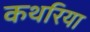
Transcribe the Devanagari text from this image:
कथरिया